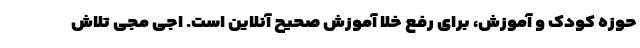
حوزه کودک و آموزش، برای رفع خلا آموزش صحیح آنلاین است. اجی مجی تلاش